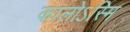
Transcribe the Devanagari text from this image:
कालोऽस्मि